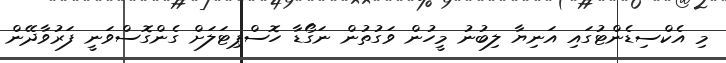
މި އެކްސިޑެންޓުގައި އަނިޔާ ލިބުނު މީހުން ވަގުތުން ނަގޯޑާ ހޮސްޕިޓަލަށް ގެންގޮސްވަނީ ފަރުވާދޭން